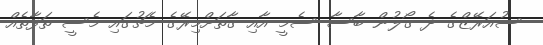
ސުއަރޭޒްގެ ދެ ގޯލުން ބާސާ ސެމީ އާއި ގާތަށްމިރޭގެ މެޗުގައި މެސީ ތަފާތެއް